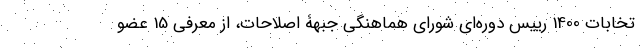
تخابات 1400 رییس دوره‌ای شورای هماهنگی جبهۀ اصلاحات، از معرفی 15 عضو